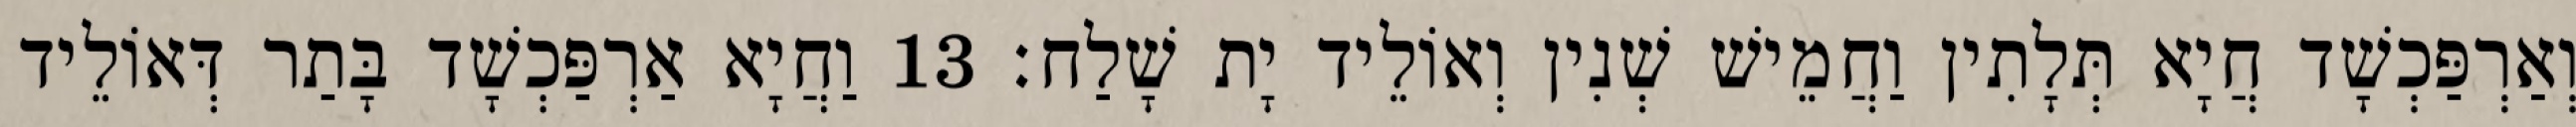
וְאַרְפַּכְשָׁד חֲיָא תְּלָתִין וַחֲמֵישׁ שְׁנִין וְאוֹלֵיד יָת שָׁלַח׃ 13 וַחֲיָא אַרְפַּכְשָׁד בָּתַר דְּאוֹלֵיד